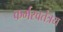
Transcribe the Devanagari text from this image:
कर्मस्वतंत्रय